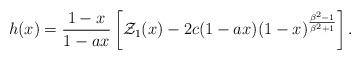
LaTeX: \begin{align*}h(x) = {{1-x}\over {1-ax}} \left[ {\cal Z}_1 (x) - 2c(1-ax)(1-x)^{{\beta^2-1}\over {\beta^2+1}} \right] .\end{align*}